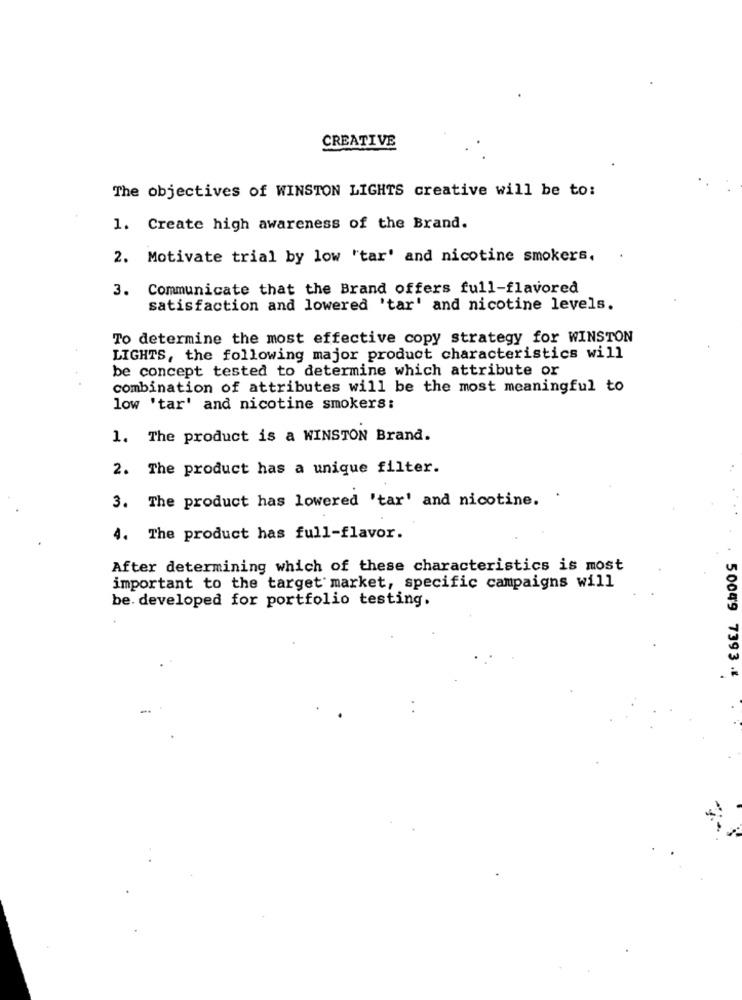
CREATIVE
The objectives of WINSTON LIGHTS creative will be to:
1. Create high awareness of the Brand.
2. Motivate trial by low "tar' and nicotine smokers,
3. Communicate that the Brand offers full-flavored
satisfaction and lowered 'tar' and nicotine levels.
To determine the most effective copy strategy for WINSTON
LIGHTS, the following major product characteristics will
be concept tested to determine which attribute or
combination of attributes will be the most meaningful to
low 'tar' and nicotine smokers:
1. The product is a WINSTON Brand.
2. The product has a unique filter.
3. The product has lowered 'tar' and nicotine. .
4. The product has full-flavor.
After determining which of these characteristics is most
important to the target market, specific campaigns will
be. developed for portfolio testing.
50049 7393 .